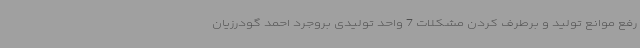
رفع موانع تولید و برطرف کردن مشکلات 7 واحد تولیدی بروجرد احمد گودرزیان